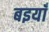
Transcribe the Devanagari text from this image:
बइयाँ